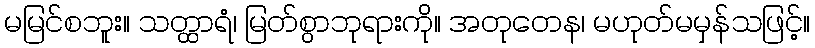
မမြင်စဘူး။ သတ္ထာရံ၊ မြတ်စွာဘုရားကို။ အတုတေန၊ မဟုတ်မမှန်သဖြင့်။